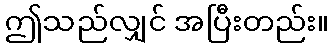
ဤသည်လျှင် အပြီးတည်း။